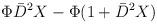
LaTeX: \begin{align*}\Phi \bar{D}^2 X - \Phi (1 + \bar{D}^2 X)\end{align*}